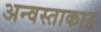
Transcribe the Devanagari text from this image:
अन्वस्ताकार